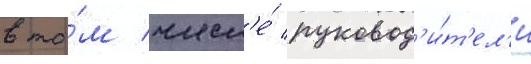
в то́м числ'е́ руковод'и́т'ел'и